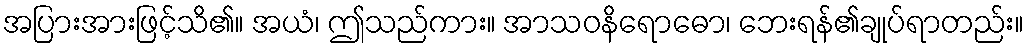
အပြားအားဖြင့်သိ၏။ အယံ၊ ဤသည်ကား။ အာသဝနိရောဓော၊ ဘေးရန်၏ချုပ်ရာတည်း။